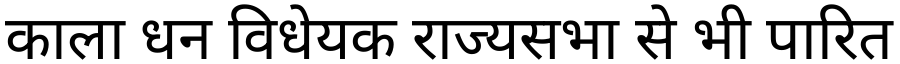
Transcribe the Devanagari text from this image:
काला धन विधेयक राज्यसभा से भी पारित